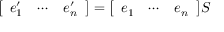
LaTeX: { \left[ \begin{array} { l l l } { e _ { 1 } ^ { \prime } } & { \cdots } & { e _ { n } ^ { \prime } } \end{array} \right] } = { \left[ \begin{array} { l l l } { e _ { 1 } } & { \cdots } & { e _ { n } } \end{array} \right] } S